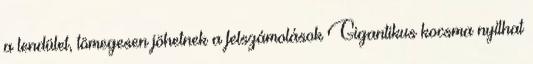
a lendület, tömegesen jöhetnek a felszámolások Gigantikus kocsma nyílhat